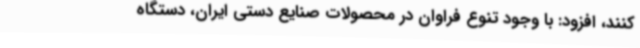
کنند،‌ افزود: با وجود تنوع فراوان در محصولات صنایع دستی ایران، دستگاه